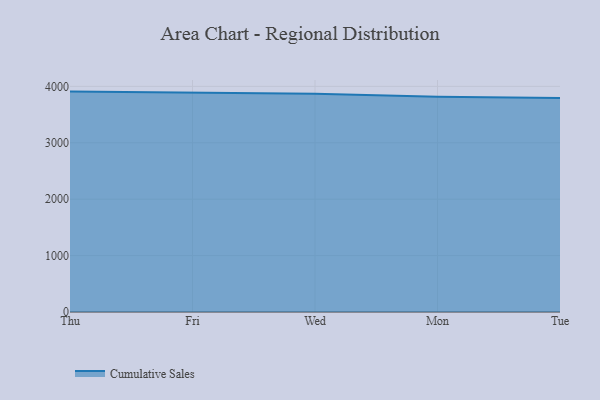
{"axis": {"x": "Day", "y": "Operating Costs (USD K)"}, "legend": ["Cumulative Sales"], "data": [{"x": "Thu", "y": 3907.1, "type": "Cumulative Sales"}, {"x": "Fri", "y": 3883.8, "type": "Cumulative Sales"}, {"x": "Wed", "y": 3866.9, "type": "Cumulative Sales"}, {"x": "Mon", "y": 3814.2, "type": "Cumulative Sales"}, {"x": "Tue", "y": 3794.0, "type": "Cumulative Sales"}]}